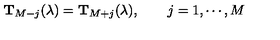
{ \bf T } _ { M - j } ( \lambda ) = { \bf T } _ { M + j } ( \lambda ) , \qquad j = 1 , \cdots , M